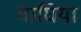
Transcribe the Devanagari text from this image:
बाघिया